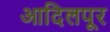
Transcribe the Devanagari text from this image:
आदिलपूर